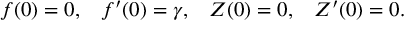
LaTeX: f ( 0 ) = 0 , \; \; \; f ^ { \prime } ( 0 ) = \gamma , \; \; \; Z ( 0 ) = 0 , \; \; \; Z ^ { \prime } ( 0 ) = 0 .